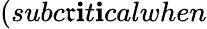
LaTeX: (subc\mathfrak{r}\mathbf{i}t\mathbf{i}calwhen